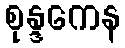
စုန္ဒကေန